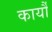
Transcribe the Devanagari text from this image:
कार्यौं